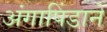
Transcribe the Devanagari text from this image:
अंगापिंडाने